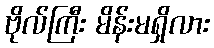
ဗိုလ်ကြီး မိန်းမရှိလား